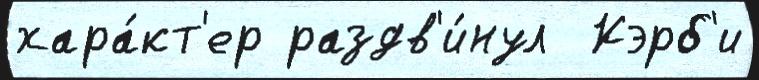
хара́кт'ер раздв'и́нул  Кэрб'и